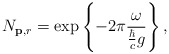
\begin{align*}N_{{\bf p},r}=\exp\left\{-2\pi\frac{\omega}{\frac{\hbar}{c}g}\right\},\end{align*}